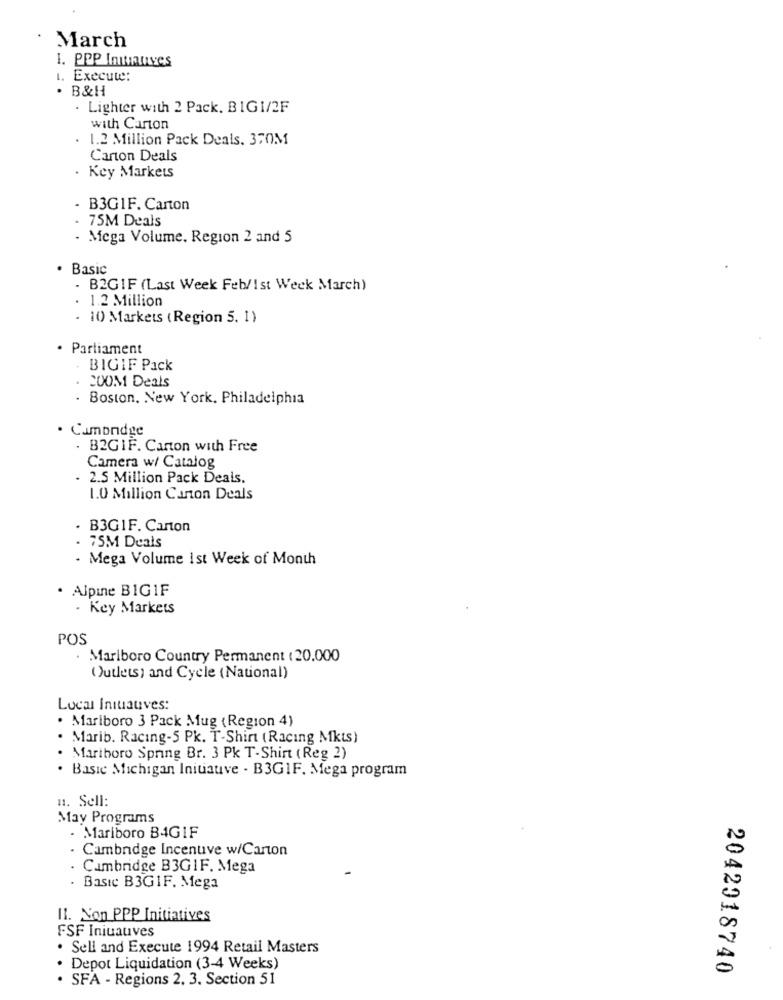
March
1. PPP Imfauves
1. Execute:
. B&H
· Lighter with 2 Pack, BIGI/2F
with Carton
1.2 Million Pack Deals. 370M
Carton Deals
Key Markets
.
- B3G1F. Carton
. 75M Deals
- Mega Volume. Region 2 and 5
· Basic
. B2GIF (Last Week Feb/Ist Week March)
. 1.2 Million
· 10 Markets (Region 5. 1)
· Parliament
BIGIF Pack
. 200M Deals
Boston, New York, Philadelphia
Camondge
. B2GIF. Carton with Free
Camera w/ Catalog
2.5 Million Pack Deals.
1.0 Million Carton Deals
· B3GIF. Carton
. 75M Deals
. Mega Volume Ist Week of Month
· Alpine BIG1F
Key Markets
POS
Marlboro Country Permanent ( 20.000
Outlets) and Cycle (National)
Local Initauves:
· Mariboro 3 Pack Mug (Region 4)
Marib. Racing-5 Pk. T-Shirt ( Racing Mkts)
. Mariboro Spring Br. 3 Pk T-Shirt ( Reg 2)
· Basic Michigan Initiative - B3GIF. Mega program
1. Sell:
May Programs
Mariboro B4GIF
Cambridge Incenuve w/Carton
Cambridge B3GIF. Mega
Basic B3GIF. Mega
11. Non PPP Initiatives
FSF Iniuauves
. Sell and Execute 1994 Retail Masters
· Depot Liquidation (3-4 Weeks)
2042018740
. SFA - Regions 2. 3. Section 51